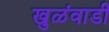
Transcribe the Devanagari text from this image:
खुळंवाडी